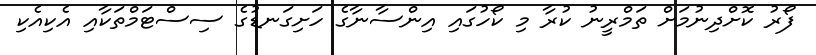
ފޯރު ކޮށްދިނުމަށް ތަމްރީނު ކުރާ މި ކޯހުގައި އިންސާނާގެ ހަށިގަނޑުގެ ސިސްޓަމްތަކާއި އެކިއެކި